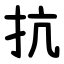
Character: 抗